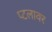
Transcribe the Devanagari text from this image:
प्टलावर